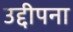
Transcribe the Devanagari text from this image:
उद्दीपना